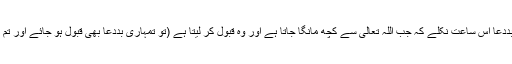
ایسا نہ ہو کہ یہ بددعا اس ساعت نکلے کہ جب اللہ تعالیٰ سے کچھ مانگا جاتا ہے اور وہ قبول کر لیتا ہے (تو تمہاری بددعا بھی قبول ہو جائے اور تم پر آفت آ جائے )۔